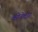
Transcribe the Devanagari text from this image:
कोनेदार